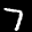
Label: 7